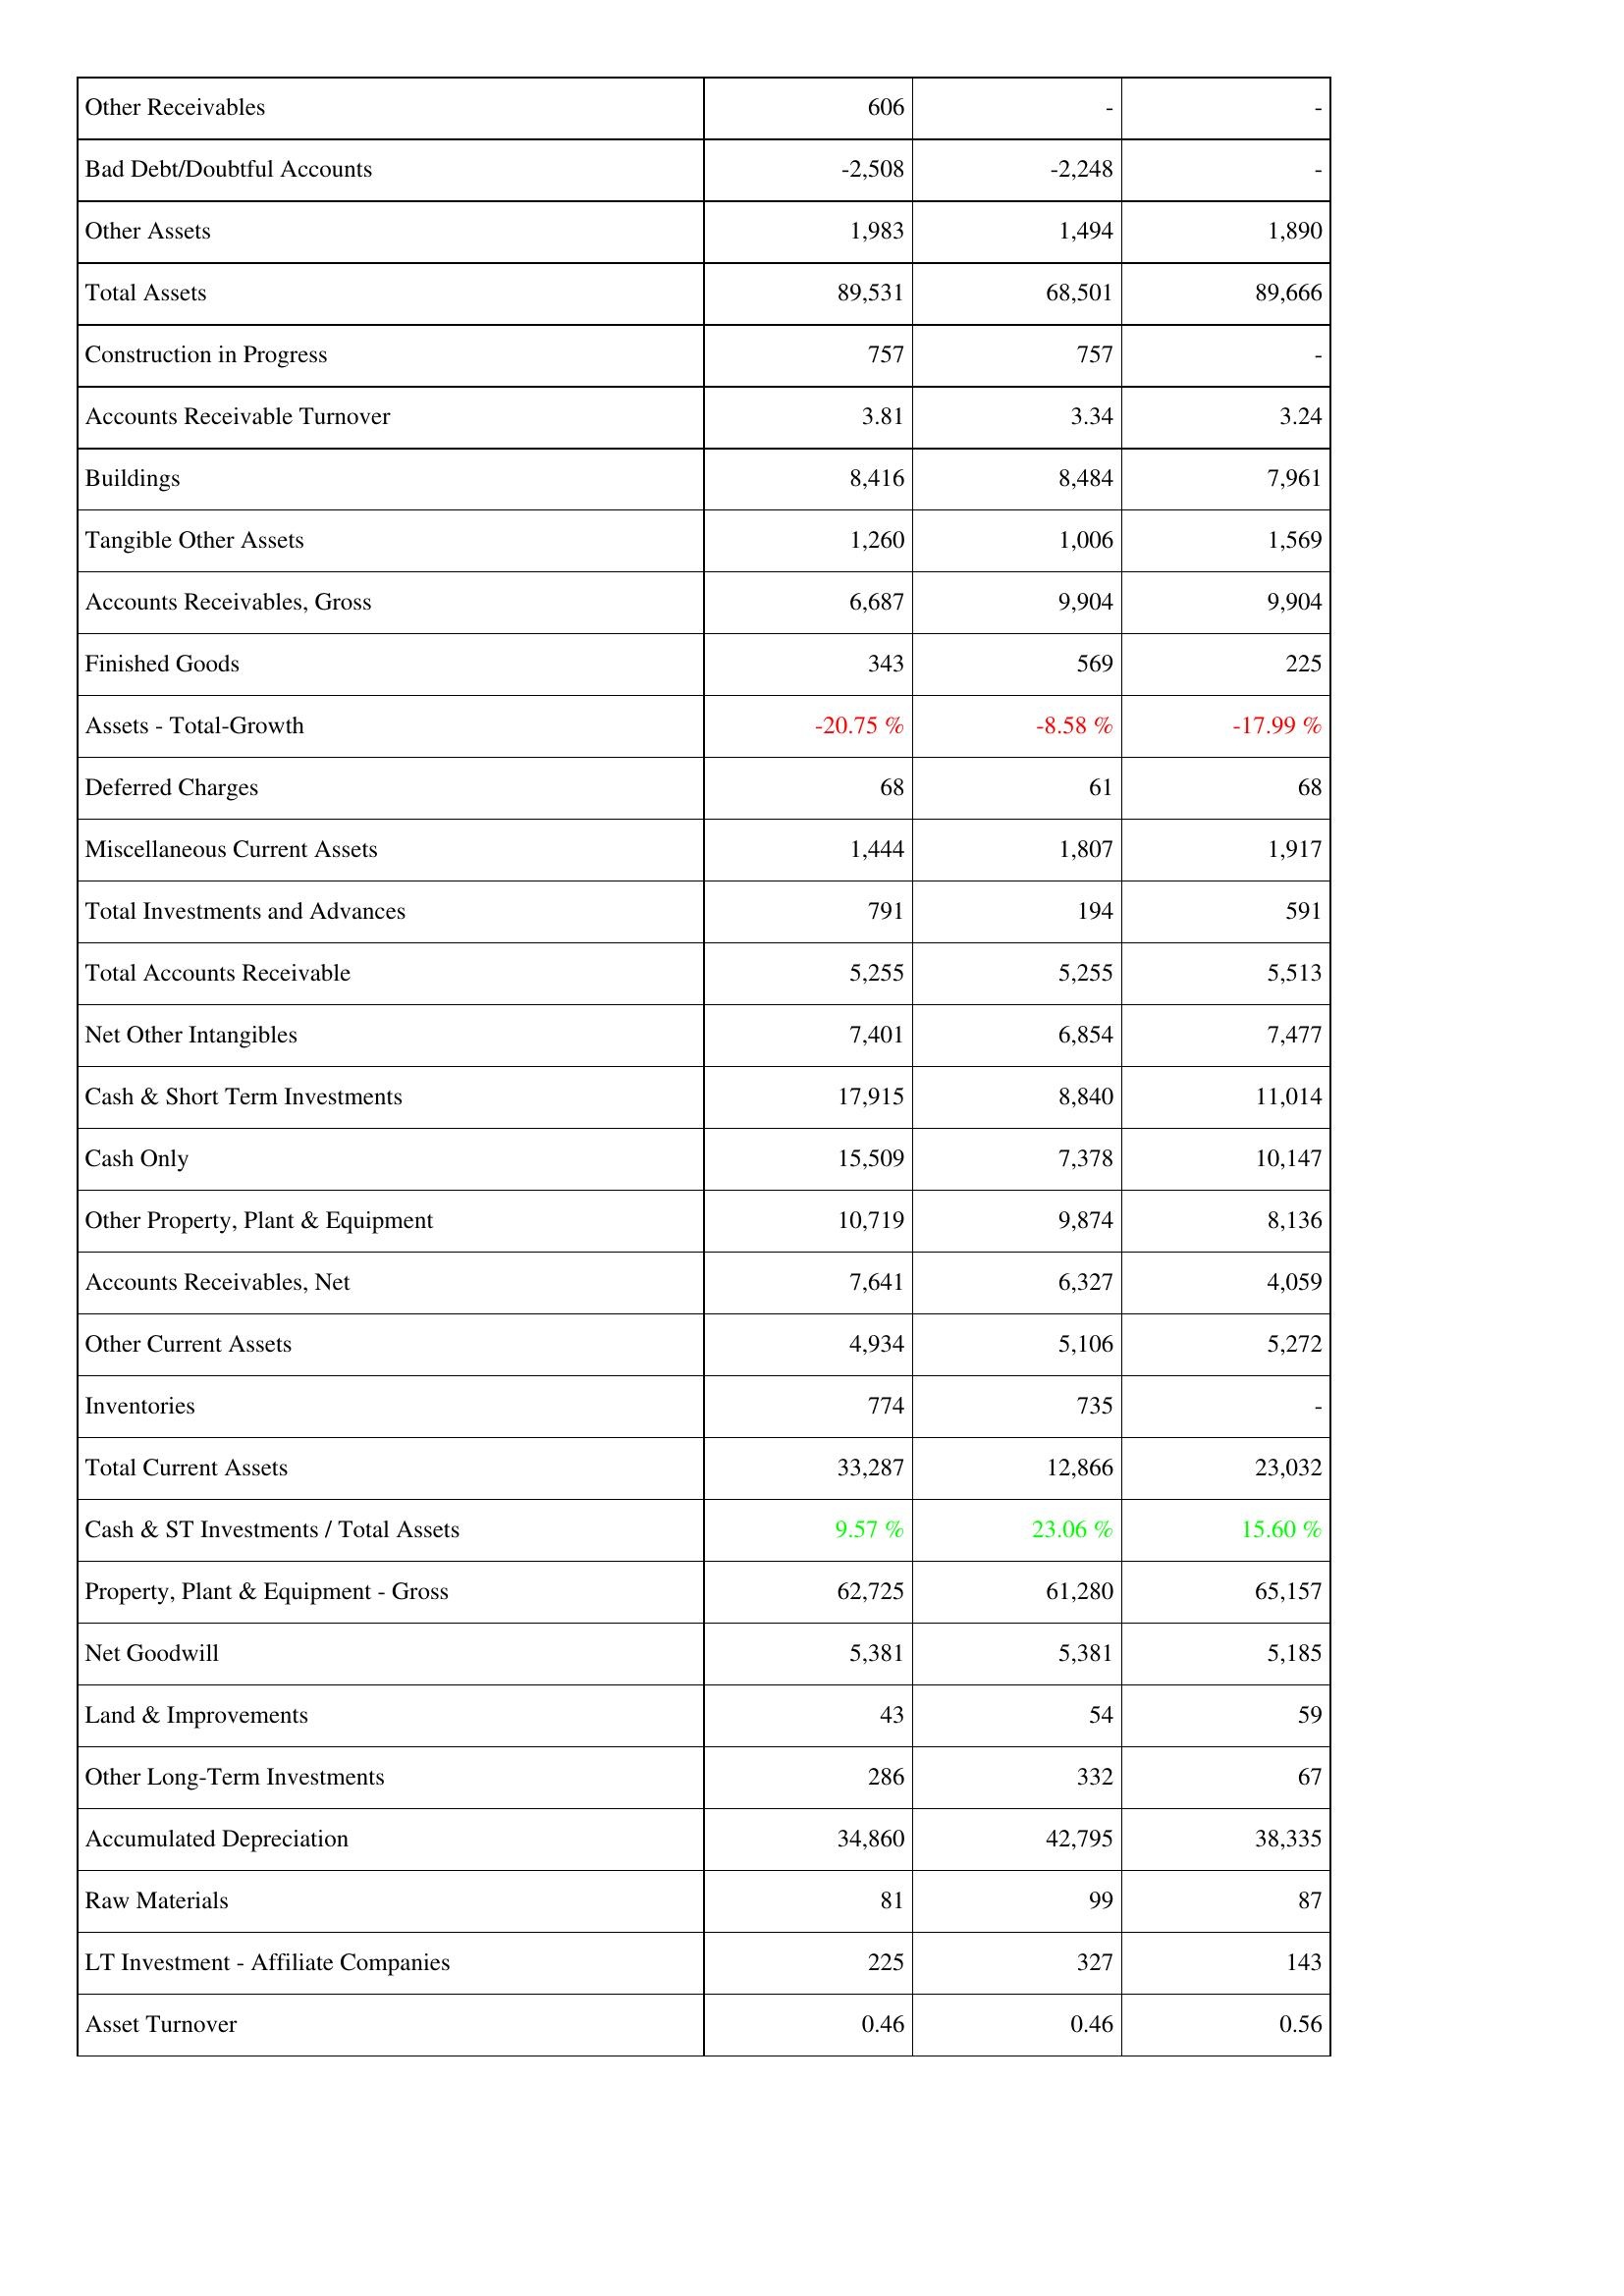
2024: Assets: Other Receivables: 606
Bad Debt/Doubtful Accounts: -2,508
Other Assets: 1,983
Total Assets: 89,531
Construction in Progress: 757
Accounts Receivable Turnover: 3.81
Buildings: 8,416
Tangible Other Assets: 1,260
Accounts Receivables, Gross: 6,687
Finished Goods: 343
Assets - Total-Growth: -20.75 %
Deferred Charges: 68
Miscellaneous Current Assets: 1,444
Total Investments and Advances: 791
Total Accounts Receivable: 5,255
Net Other Intangibles: 7,401
Cash & Short Term Investments: 17,915
Cash Only: 15,509
Other Property, Plant & Equipment: 10,719
Accounts Receivables, Net: 7,641
Other Current Assets: 4,934
Inventories: 774
Total Current Assets: 33,287
Cash & ST Investments / Total Assets: 9.57 %
Property, Plant & Equipment - Gross: 62,725
Net Goodwill: 5,381
Land & Improvements: 43
Other Long-Term Investments: 286
Accumulated Depreciation: 34,860
Raw Materials: 81
LT Investment - Affiliate Companies: 225
Asset Turnover: 0.46
2023: Assets: Other Receivables: -
Bad Debt/Doubtful Accounts: -2,248
Other Assets: 1,494
Total Assets: 68,501
Construction in Progress: 757
Accounts Receivable Turnover: 3.34
Buildings: 8,484
Tangible Other Assets: 1,006
Accounts Receivables, Gross: 9,904
Finished Goods: 569
Assets - Total-Growth: -8.58 %
Deferred Charges: 61
Miscellaneous Current Assets: 1,807
Total Investments and Advances: 194
Total Accounts Receivable: 5,255
Net Other Intangibles: 6,854
Cash & Short Term Investments: 8,840
Cash Only: 7,378
Other Property, Plant & Equipment: 9,874
Accounts Receivables, Net: 6,327
Other Current Assets: 5,106
Inventories: 735
Total Current Assets: 12,866
Cash & ST Investments / Total Assets: 23.06 %
Property, Plant & Equipment - Gross: 61,280
Net Goodwill: 5,381
Land & Improvements: 54
Other Long-Term Investments: 332
Accumulated Depreciation: 42,795
Raw Materials: 99
LT Investment - Affiliate Companies: 327
Asset Turnover: 0.46
2022: Assets: Other Receivables: -
Bad Debt/Doubtful Accounts: -
Other Assets: 1,890
Total Assets: 89,666
Construction in Progress: -
Accounts Receivable Turnover: 3.24
Buildings: 7,961
Tangible Other Assets: 1,569
Accounts Receivables, Gross: 9,904
Finished Goods: 225
Assets - Total-Growth: -17.99 %
Deferred Charges: 68
Miscellaneous Current Assets: 1,917
Total Investments and Advances: 591
Total Accounts Receivable: 5,513
Net Other Intangibles: 7,477
Cash & Short Term Investments: 11,014
Cash Only: 10,147
Other Property, Plant & Equipment: 8,136
Accounts Receivables, Net: 4,059
Other Current Assets: 5,272
Inventories: -
Total Current Assets: 23,032
Cash & ST Investments / Total Assets: 15.60 %
Property, Plant & Equipment - Gross: 65,157
Net Goodwill: 5,185
Land & Improvements: 59
Other Long-Term Investments: 67
Accumulated Depreciation: 38,335
Raw Materials: 87
LT Investment - Affiliate Companies: 143
Asset Turnover: 0.56